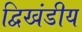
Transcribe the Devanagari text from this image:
द्विखंडीय